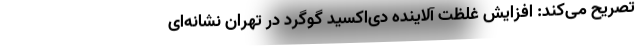
تصریح می‌کند: افزایش غلظت آلاینده دی‌اکسید گوگرد در تهران نشانه‌ای